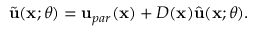
\tilde { \mathbf { u } } ( \mathbf { x } ; \theta ) = \mathbf { u } _ { p a r } ( \mathbf { x } ) + D ( \mathbf { x } ) \hat { \mathbf { u } } ( \mathbf { x } ; \theta ) .